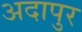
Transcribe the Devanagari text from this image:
अदापुर